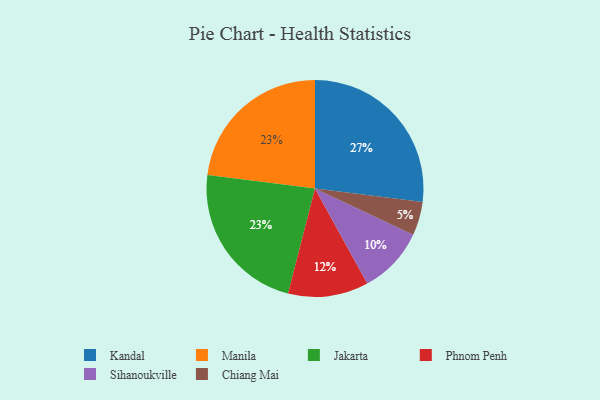
{"axis": {"x": "Category", "y": "Percentage"}, "legend": ["Chiang Mai", "Jakarta", "Kandal", "Manila", "Phnom Penh", "Sihanoukville"], "data": [{"x": "Phnom Penh", "y": 12, "type": "Phnom Penh"}, {"x": "Sihanoukville", "y": 10, "type": "Sihanoukville"}, {"x": "Manila", "y": 23, "type": "Manila"}, {"x": "Kandal", "y": 27, "type": "Kandal"}, {"x": "Jakarta", "y": 23, "type": "Jakarta"}, {"x": "Chiang Mai", "y": 5, "type": "Chiang Mai"}]}